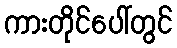
ကားတိုင်ပေါ်တွင်